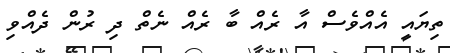
ތިޔައީ އެއްވެސް އާ ރެއް ބާ ރެއް ނެތް ދި ރުން ދެއްވި